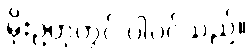
မိုးဥတုတွင် ပါဝင်သည်။